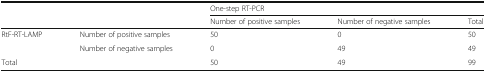
<table><thead><tr><td></td><td></td><td colspan="3"><b>One-step RT-PCR</b></td></tr><tr><td></td><td></td><td><b>Number of positive samples</b></td><td><b>Number of negative samples</b></td><td><b>Total</b></td></tr></thead><tbody><tr><td rowspan="2">RtF-RT-LAMP</td><td>Number of positive samples</td><td>50</td><td>0</td><td>50</td></tr><tr><td>Number of negative samples</td><td>0</td><td>49</td><td>49</td></tr><tr><td colspan="2">Total</td><td>50</td><td>49</td><td>99</td></tr></tbody></table>